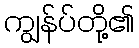
ကျွန်ပ်တို့၏